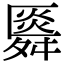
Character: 䑞